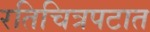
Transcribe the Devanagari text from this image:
रतिचित्रपटात